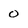
Character: 0